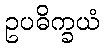
ဥပဓိက္ခယံ